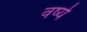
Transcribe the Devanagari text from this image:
वर्ष्य